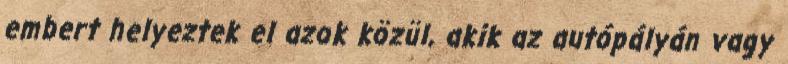
embert helyeztek el azok közül, akik az autópályán vagy